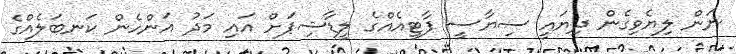
ނަން ލިޔެވިގެން ދިޔައީ ސިޔާސީ ޕާޓީއެއްގެ ލީޑާޝިޕަށް އައި މަދު އަންހެން ކަނބަލެއްގެ